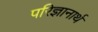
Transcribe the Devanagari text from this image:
परिज्ञानार्थ